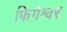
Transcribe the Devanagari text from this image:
फिगेश्वर